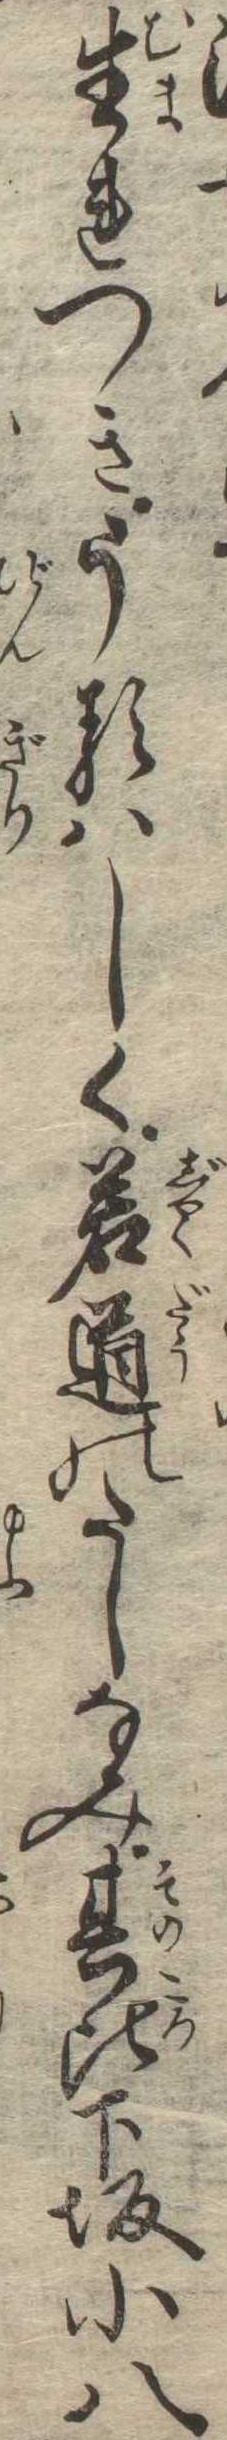
生れつきうるはしく若道のたしなみ其比下坂小八